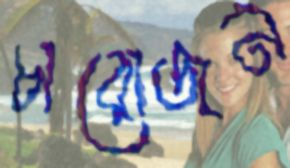
চারোজন